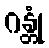
ဂန္တုံ